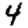
Digit: 4